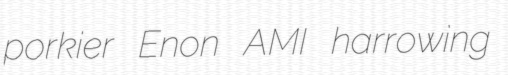
porkier Enon AMI harrowing